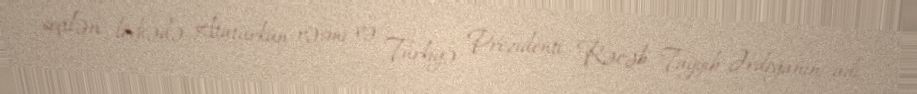
seçilən lövhədə Atatürkün rəsmi və Türkiyə Prezidenti Rəcəb Tayyib Ərdoğanın adı